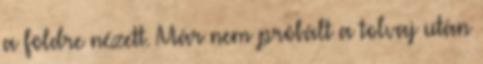
a földre nézett. Már nem próbált a tolvaj után